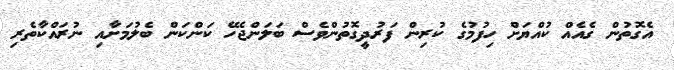
އެގޮތުން ގެއެއް ކުއްޔަށް ހިފުމުގެ ކުރިން ފަރުދީގޮތުންވެސް ބަލަންޖެހޭ ކަންކަން ބެލުމަށާއި ނުރައްކާތެރި